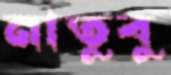
নাতুবু